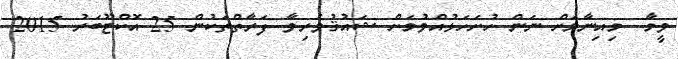
ވީމާ  މިއިނާމަށް ނަން ހުށަހަޅުއްވުމަށް ޝައުުޤުވެރިވާ ފަރާތްތަކުން 25 އޮކްޓޫބަރު 2015